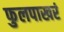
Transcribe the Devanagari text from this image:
फुलपाखरं